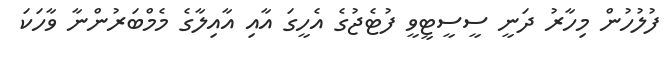
ފުލުހުން މިހާރު ދަނީ ސީސީޓީވީ ފުޓެޖުގެ އެހީގަ އާއި އާއިލާގެ މެމްބަރުންނާ ވާހަކަ